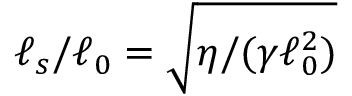
\ell _ { s } / \ell _ { 0 } = \sqrt { \eta / ( \gamma \ell _ { 0 } ^ { 2 } ) }